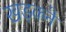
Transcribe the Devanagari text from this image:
खड़कने